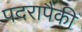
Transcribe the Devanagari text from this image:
पदरापैकी